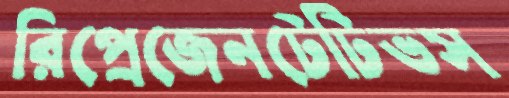
রিপ্রেজেনটেটিভস